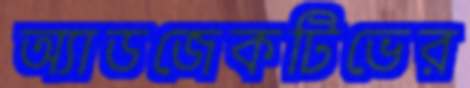
অ্যাডজেকটিভের